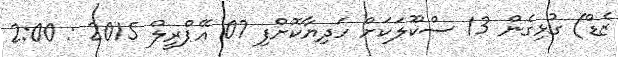
ޒެޑް) ގުޅިގެން 13 ސްކޫލަކަށް ހަދިޔާކޮށްފި 07 އޭޕްރީލް 2015 : 2:00